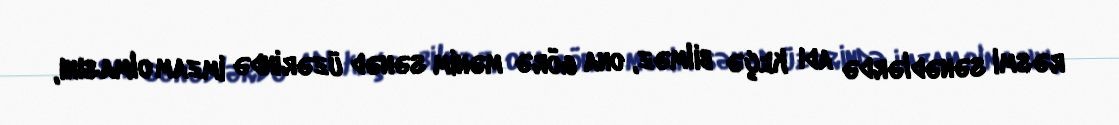
rəsmi sənədlərdə adı keçə bilməz, ona görə mənim sənəd üzərində imzam olmasını,